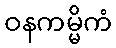
ဝနကမ္မိကံ